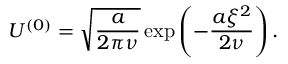
U ^ { ( 0 ) } = \sqrt { \frac { a } { 2 \pi \nu } } \exp \left( - \frac { a \xi ^ { 2 } } { 2 \nu } \right) .